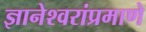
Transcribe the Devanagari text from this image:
ज्ञानेश्वरांप्रमाणे